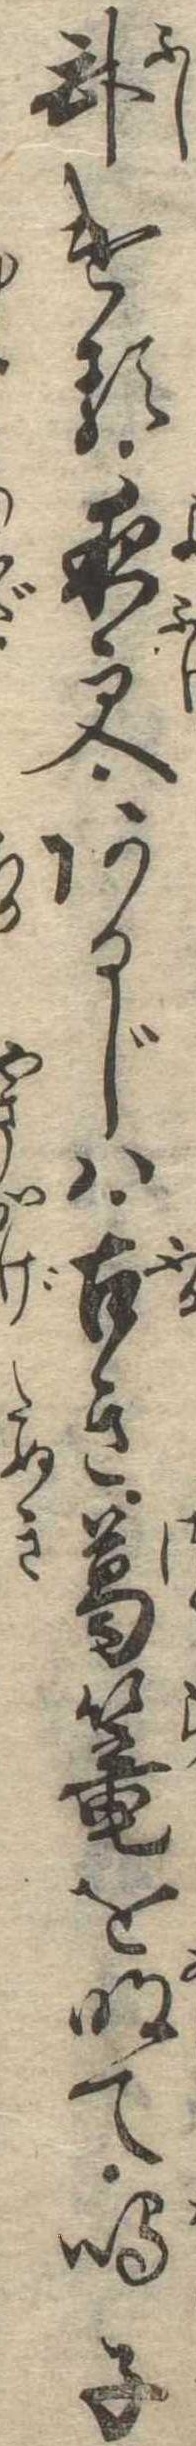
臥ける夜更あるじは古き葛篭を明て鳴子